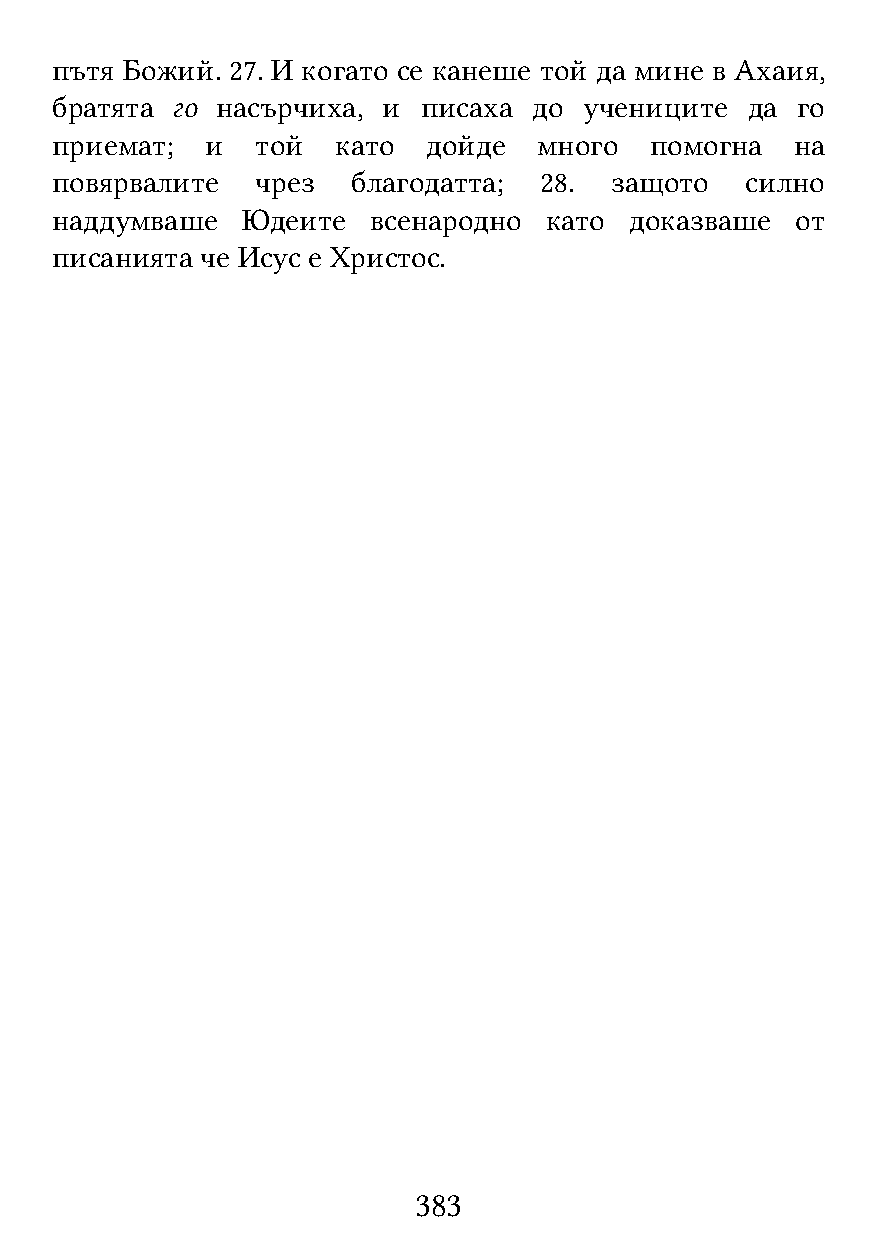
пътя Божий. 27. И когато се канеше той да мине в Ахаия,
 братята го насърчиха, и  писаха до  учениците да  го
 приемат;   и  той  като  дойде   много  помогна   на
 повярвалите   чрез  благодатта;  28. защото   силно
 наддумваше   Юдеите   всенародно като  доказваше  от
 писанията че Исус е Христос.
 383